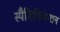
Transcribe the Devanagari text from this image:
स्पैशिफिकेशन